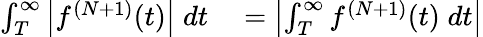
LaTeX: \begin{array}{rl}{\int_{T}^{\infty}\left\lvert f^{(N+1)}(t)\right\rvert\; dt}&{{}=\left\lvert\int_{T}^{\infty}f^{(N+1)}(t)\; dt\right\rvert}\end{array}